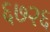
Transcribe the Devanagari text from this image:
६७२६